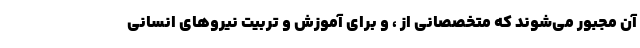
آن مجبور می‌شوند که متخصصانی از ، و برای آموزش و تربیت نیرو‌های انسانی